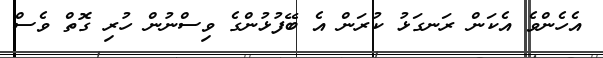
އެހެންވެ އެކަން ރަނގަޅު ކުރަން އެ ބޭފުޅުންގެ ވިސްނުން ހުރި ގޮތް ވެސް